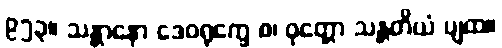
၉၅၃။ သန္တာနော ဒေဝရုက္ခေ စ၊ ဝုတ္တော သန္တတိယံ ပျထ။